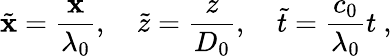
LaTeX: \tilde{\mathbf{x}}=\frac{\mathbf{x}}{\lambda_{0}},\quad\tilde{z}=\frac{z}{D_{0}},\quad\tilde{t}=\frac{c_{0}}{\lambda_{0}}t\ ,